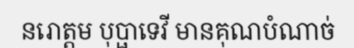
នរោត្តម បុប្ផាទេវី មានគុណបំណាច់